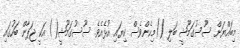
މިބައްޔަށް ސޫސުގަމޫޝީ ބަލި ()މިހެންވެސް ކިޔައި އުޅެއެވެ. ސޫސުގަމޫޝީ() އަކީ ޖަޕާން ބަހުގައި